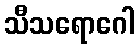
သီသရောဂေါ